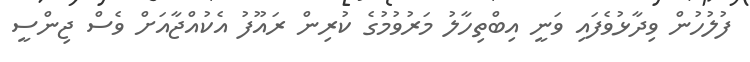
ފުލުހުން ވިދާޅުވެފައި ވަނީ އިބްތިހާލު މަރުވުމުގެ ކުރިން ރައޫފު އެކުއްޖާއަށް ވެސް ޖިންސީ